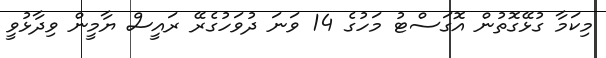
މިކަމާ ގުޅޭގޮތުން އޮގަސްޓު މަހުގެ 14 ވަނަ ދުވަހުގެރޭ ރައީސް ޔާމީން ވިދާޅުވީ